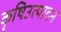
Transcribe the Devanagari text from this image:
कृषिउत्पादन